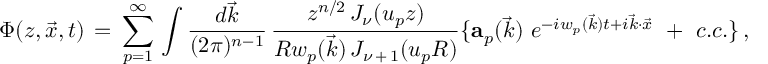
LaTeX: \Phi ( z , \vec { x } , t ) \, = \, \sum _ { p = 1 } ^ { \infty } \, \int { \frac { d \vec { k } } { ( 2 \pi ) ^ { n - 1 } } } \, { \frac { z ^ { n / 2 } \, J _ { \nu } ( u _ { p } z ) } { R w _ { p } ( \vec { k } ) \, J _ { \nu \, + \, 1 } ( u _ { p } R ) } } \lbrace { { \bf a } _ { p } ( \vec { k } ) \ } e ^ { - i w _ { p } ( \vec { k } ) t + i \vec { k } \cdot \vec { x } } \, \, + \, \, c . c . \rbrace \, ,